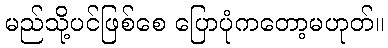
မည်သို့ပင်ဖြစ်စေ ပြောပုံကတော့မဟုတ်။